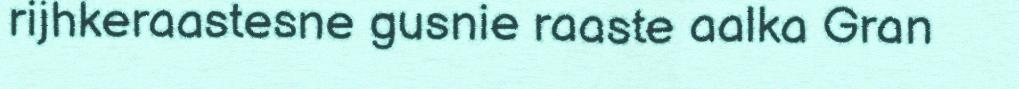
rijhkeraastesne gusnie raaste aalka Gran